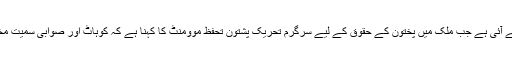
سرکاری کمیشن کی یہ رپورٹ ایک ایسے وقت پر سامنے آئی ہے جب ملک میں پختون کے حقوق کے لیے سرگرم تحریک پشتون تحفظ موومنٹ کا کہنا ہے کہ کوہاٹ اور صوابی سمیت مختلف قبائلی علاقوں میں اس کے درجنوں کارکن لاپتہ ہیں۔